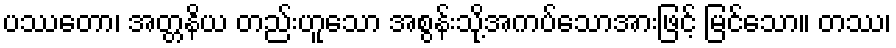
ပဿတော၊ အတ္တနိယ တည်းဟူသော အစွန်းသို့အကပ်သောအားဖြင့် မြင်သော။ တဿ၊